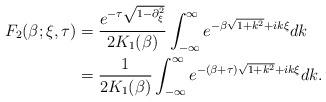
LaTeX: \begin{align*}F_{2}(\beta; \xi, \tau) &= \frac{e^{-\tau\sqrt{1-\partial_{\xi}^{2}}}}{2K_{1}(\beta)} \int_{-\infty}^{\infty} e^{-\beta\sqrt{1+k^{2}} + ik\xi} dk \\& = \frac{1}{2K_{1}(\beta)} \int_{-\infty}^{\infty} e^{- (\beta+\tau) \sqrt{1+k^{2}} + ik\xi} dk.\end{align*}